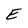
Character: E